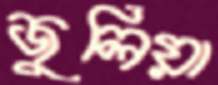
জুলিয়া